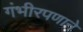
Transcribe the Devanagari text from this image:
गंभीरपणाने